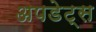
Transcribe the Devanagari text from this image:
अपडेट्स